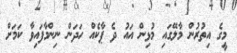
މީގެ އިތުރުން މާލޭގައި މުޅިން އައު ދެ ޕާކެއް ހަދަން ނިންމާފައިވާ ކަމަށް